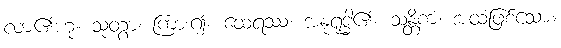
လာ၏ဟု။ သုတွာ၊ ကြား၍။ ထေရဿ၊ အနုရုဒ္ဓါ၏။ သန္တိကံ၊ အထံဖြစ်သော။